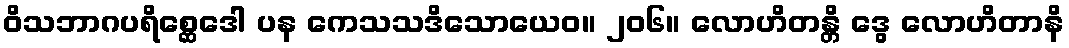
ဝိသဘာဂပရိစ္ဆေဒေါ ပန ကေသသဒိသောယေဝ။ ၂၀၆။ လောဟိတန္တိ ဒွေ လောဟိတာနိ